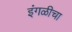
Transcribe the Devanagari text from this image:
इंगळीचा